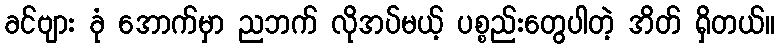
ခင်ဗျား ခုံ အောက်မှာ ညဘက် လိုအပ်မယ့် ပစ္စည်းတွေပါတဲ့ အိတ် ရှိတယ်။